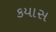
કયાસ